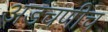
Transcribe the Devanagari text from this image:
अडचणीच